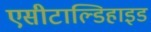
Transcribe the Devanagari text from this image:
एसीटाल्डिहाइड